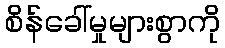
စိန်ခေါ်မှုများစွာကို